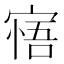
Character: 𡩺